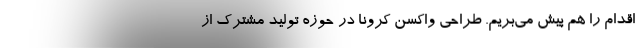
اقدام را هم پیش می‌بریم. طراحی واکسن کرونا در حوزه تولید مشترک از